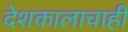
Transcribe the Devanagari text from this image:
देशकालाचाही